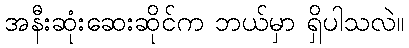
အနီးဆုံးဆေးဆိုင်က ဘယ်မှာ ရှိပါသလဲ။